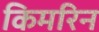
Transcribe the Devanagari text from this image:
किमरिन